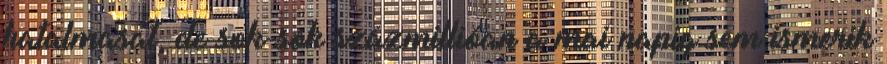
hatalmasat, de sok-sok százmillióan a mai napig sem ismerik